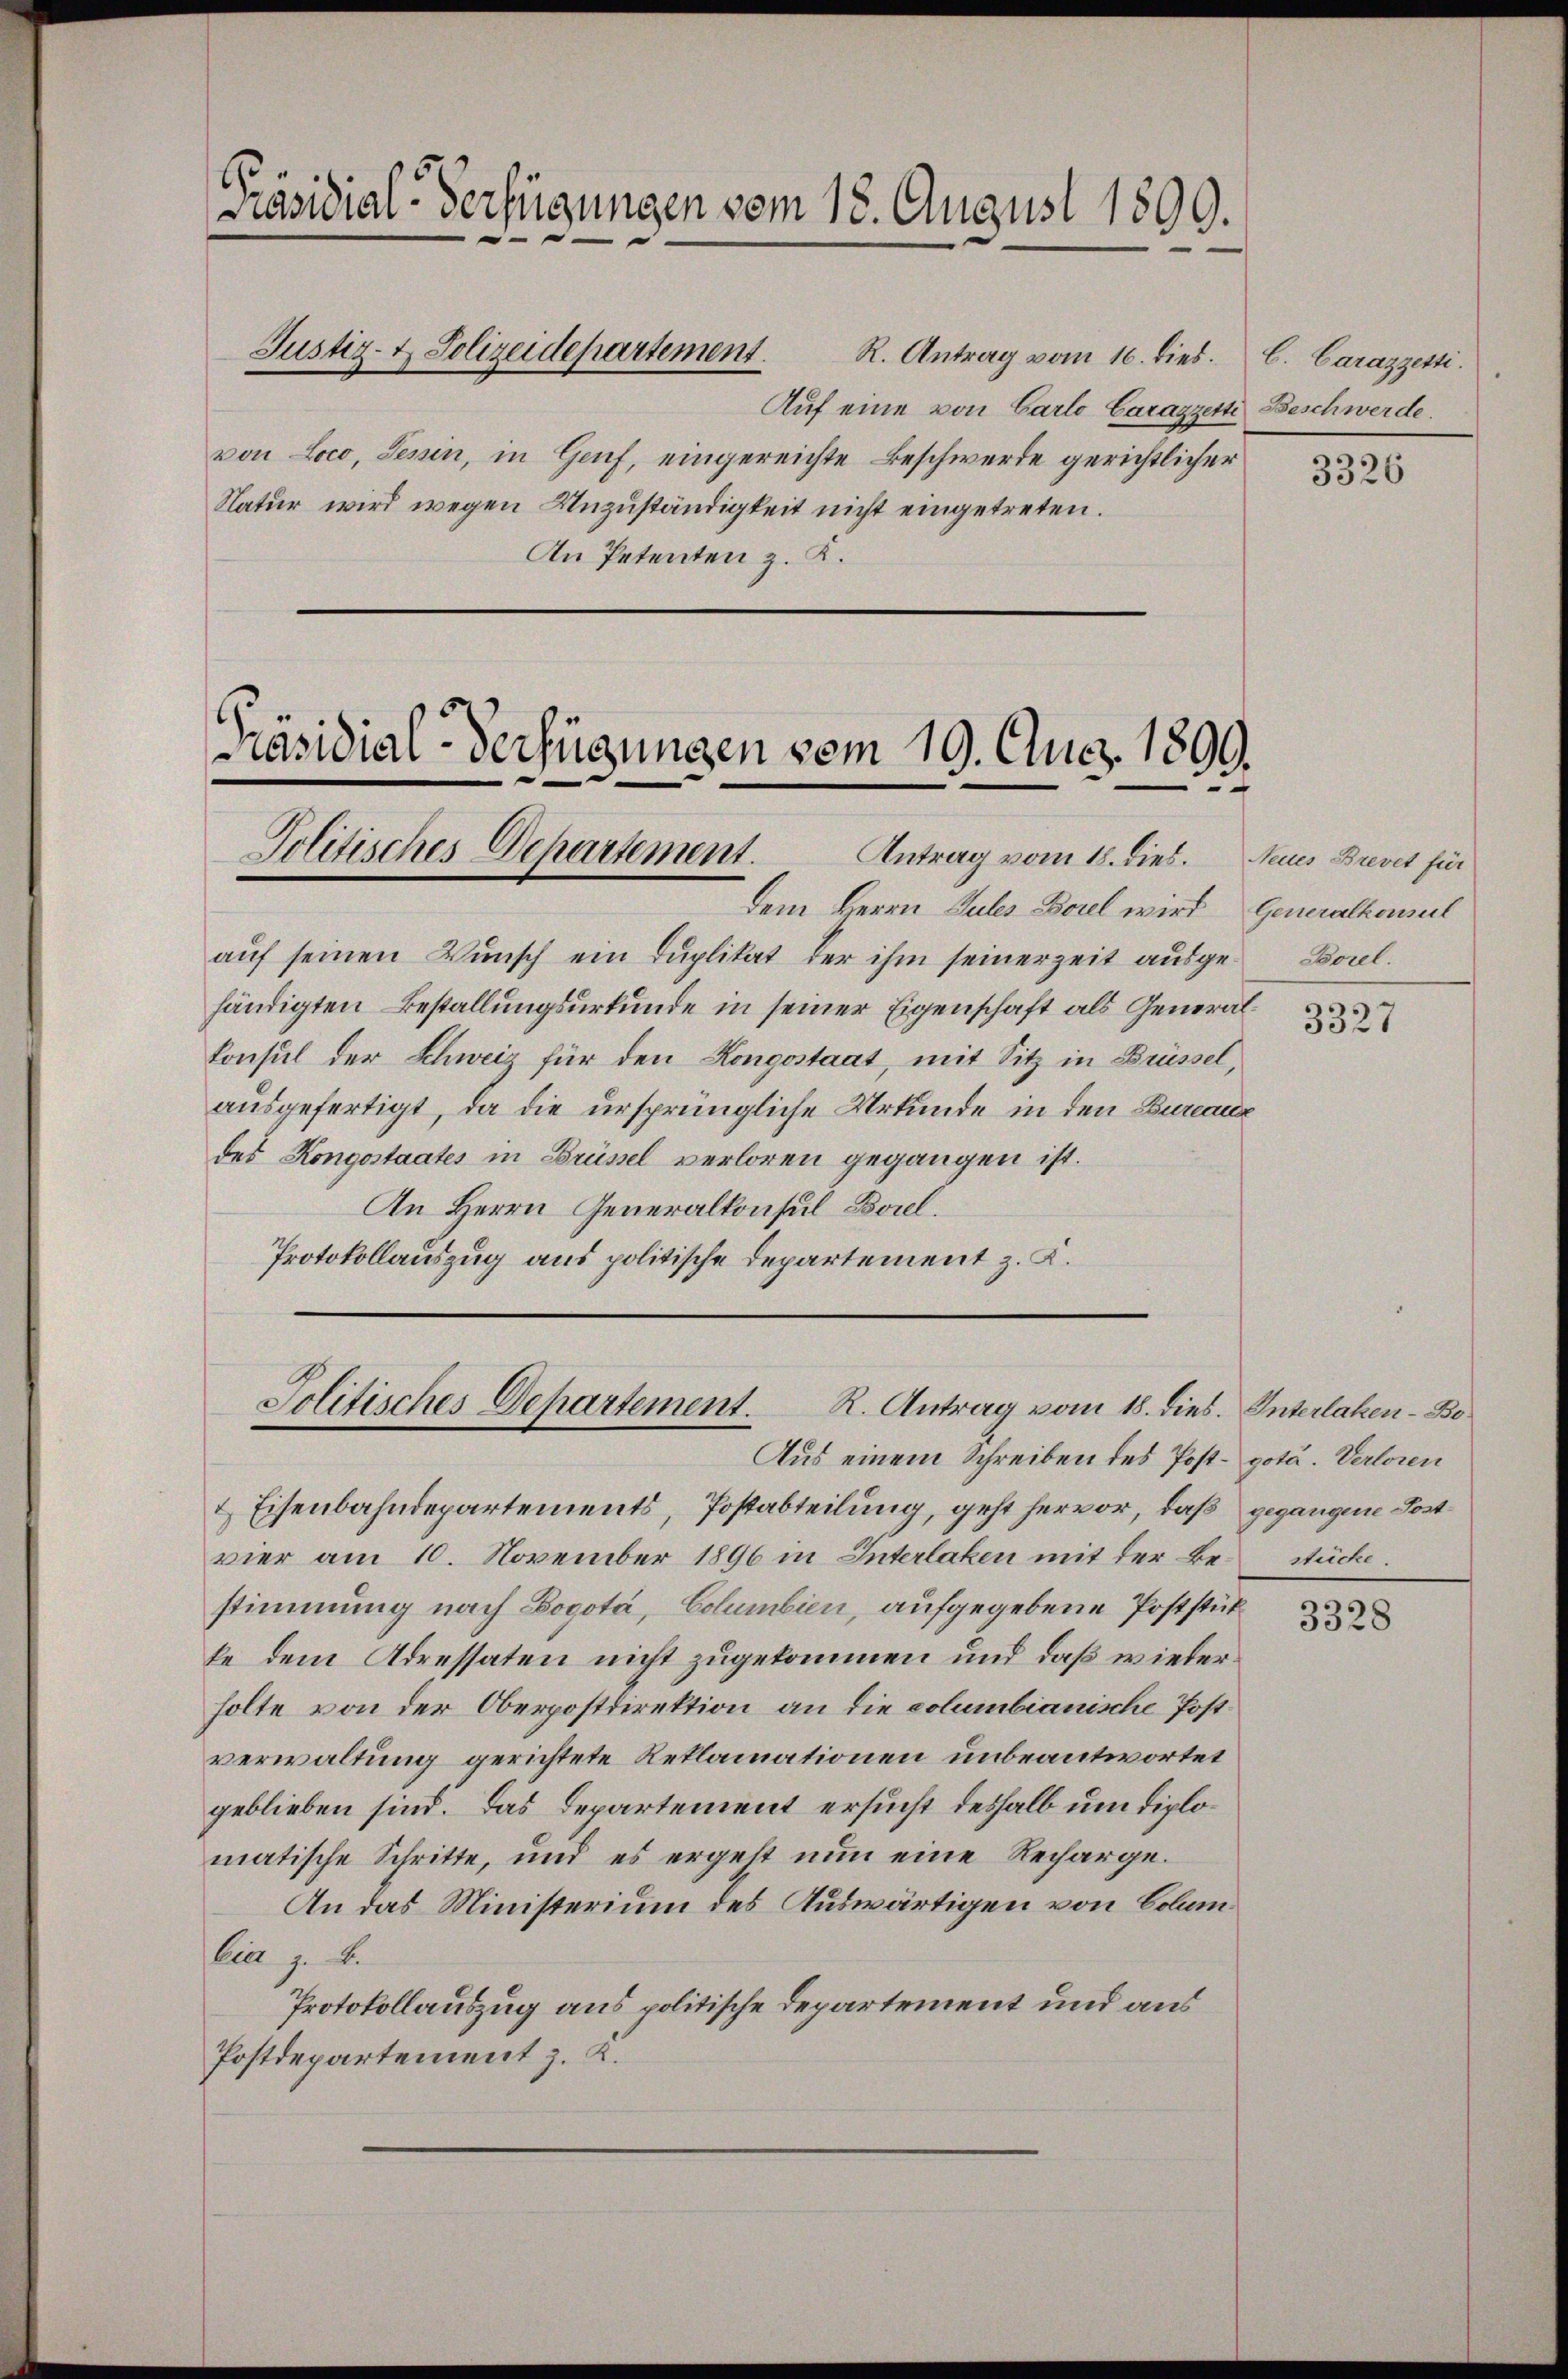
Präsidial-Verfügungen vom 18. August 1899.

Justiz- & Polizeidepartement.

R. Antrag vom 16. dies C. Carazzetti.
Auf eine von Carlo Carazzetti, Beschwerde.
von Loco, Jenin, in Genf, eingereichte Beschwerde gerichtlicher
Natur wird wegen Unzuständigkeit nicht eingetreten.
An Petenten z. K.

Präsidial-Verfügungen vom 19. Aug. 1899.
i
Politisches Departement. Antrag vom 18. dies. Neues Brevet für

dem Herrn Sules Borel wird Generalkonseil
auf seinen Wunsch ein Duplikat der ihm seinerzeit ausgehändigten Bestallungsurkunde in seiner Eigenschaft als General¬
Konsul der Schweiz für den Kongostaat, mit Sitz in Brüssel,
ausgefertigt, da die ursprüngliche Urkunde in den Bureaux
des Kongostaates in Brüssel verloren gegangen ist.
An Herrn Generalkonsul Borel,
Protokollauszug aus politische Departement z. K.

Jolitisches Departement. R. Antrag vom 18. dies. Interlaken- Bo¬

Aus einem Schreiben des Post- gota. Verloren
& Eisenbahndepartements, Postabteilung, geht hervor, daß gegangene Postvier am 10. November 1896 in Interlaken mit der Be- stücke.
stimmung nach Bogota, Columbien, aufgegebene Poststück
te dem Adressaten nicht zugekommen und daß wiederholte von der Oberpostdirektion an die columbianische Postverwaltung gerichtete Reklamationen unbeantwortet
geblieben sind. Das Departement ersucht deshalb um diplomatische Schritte, und es ergeht nun eine Recharge¬
An das Ministerium des Auswärtigen von Botan¬
Cia z. B.
Protokollauszug aus politische Departement und aus
Postdepartement z. K.

3326

Borel.

3327

3328